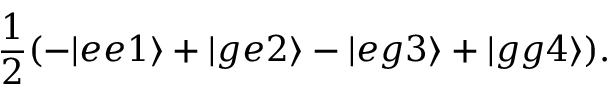
\frac { 1 } { 2 } ( - | e e 1 \rangle + | g e 2 \rangle - | e g 3 \rangle + | g g 4 \rangle ) .